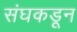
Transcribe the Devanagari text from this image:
संघकडून